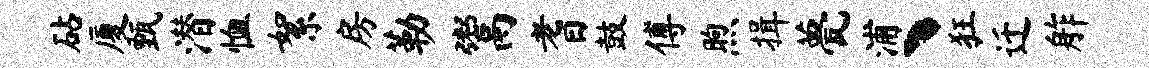
砧厦甄潜恤絮房勒鬻耆鼓傅煦揖甍浦丶狂迁舴